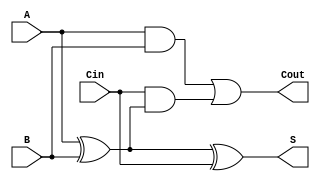
module TreeStructuredFullAdder (
    input wire A,      // First input bit
    input wire B,      // Second input bit
    input wire Cin,    // Carry-in bit
    output wire S,     // Sum output
    output wire Cout   // Carry-out output
);

// Intermediate signals
wire Intermediate_Sum1; // A  B
wire Intermediate_Sum2; // (A  B)  Cin
wire Carry1;           // A AND B
wire Carry2;           // Cin AND (A  B)

// First level of the tree for sum calculation
assign Intermediate_Sum1 = A ^ B; // XOR gate for A and B
assign Intermediate_Sum2 = Intermediate_Sum1 ^ Cin; // XOR gate for Intermediate_Sum1 and Cin
assign S = Intermediate_Sum2; // Final sum output

// First level of the tree for carry calculation
assign Carry1 = A & B; // AND gate for A and B
assign Carry2 = Cin & Intermediate_Sum1; // AND gate for Cin and Intermediate_Sum1

// Second level of the tree for carry output
assign Cout = Carry1 | Carry2; // OR gate for Carry1 and Carry2

endmodule